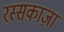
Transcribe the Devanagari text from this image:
रस्सकाज़ा